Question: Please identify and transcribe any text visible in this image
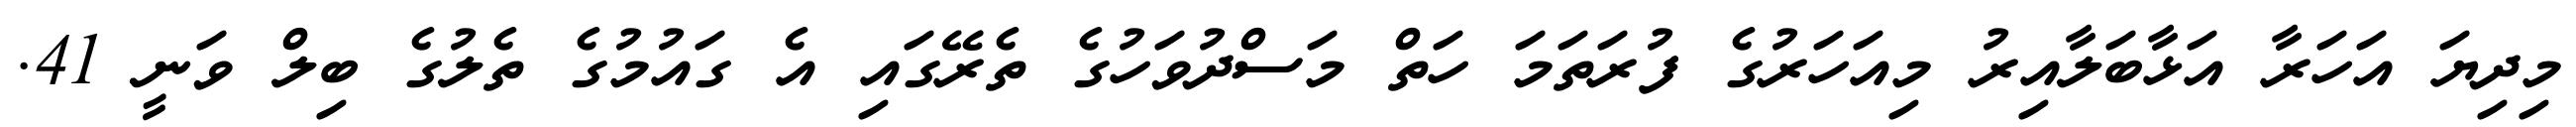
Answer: މިދިޔަ އަހަރާ އަޅާބަލާއިރު މިއަހަރުގެ ފުރަތަމަ ހަތް މަސްދުވަހުގެ ތެރޭގައި އެ ގައުމުގެ ތެލުގެ ބިލް ވަނީ 41.